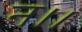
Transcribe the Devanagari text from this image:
न।।